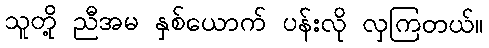
သူတို့ ညီအမ နှစ်ယောက် ပန်းလို လှကြတယ်။